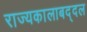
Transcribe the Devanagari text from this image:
राज्यकालाबद्दल